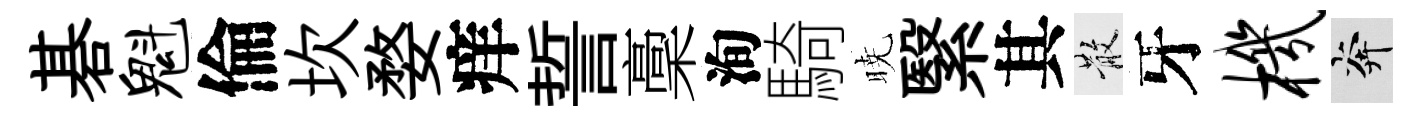
碁魁倫坎婺痒誓稾洵騎暁繄其散牙机奔